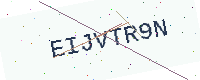
Text: EIJVTR9N